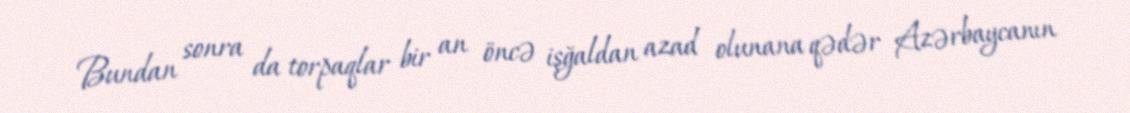
Bundan sonra da torpaqlar bir an öncə işğaldan azad olunana qədər Azərbaycanın